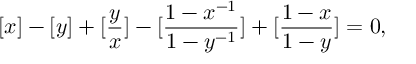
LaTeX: [ x ] - [ y ] + [ \frac { y } { x } ] - [ \frac { 1 - x ^ { - 1 } } { 1 - y ^ { - 1 } } ] + [ \frac { 1 - x } { 1 - y } ] = 0 ,